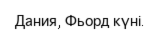
Дания, Фьорд күні.